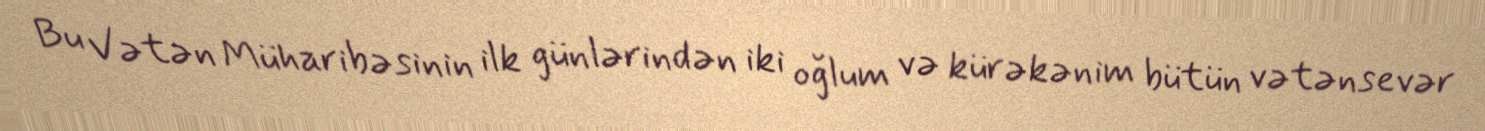
Bu Vətən Müharibəsinin ilk günlərindən iki oğlum və kürəkənim bütün vətənsevər